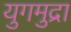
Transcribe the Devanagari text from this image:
युगमुद्रा